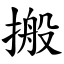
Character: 搬